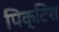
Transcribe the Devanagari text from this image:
पिक्टिश